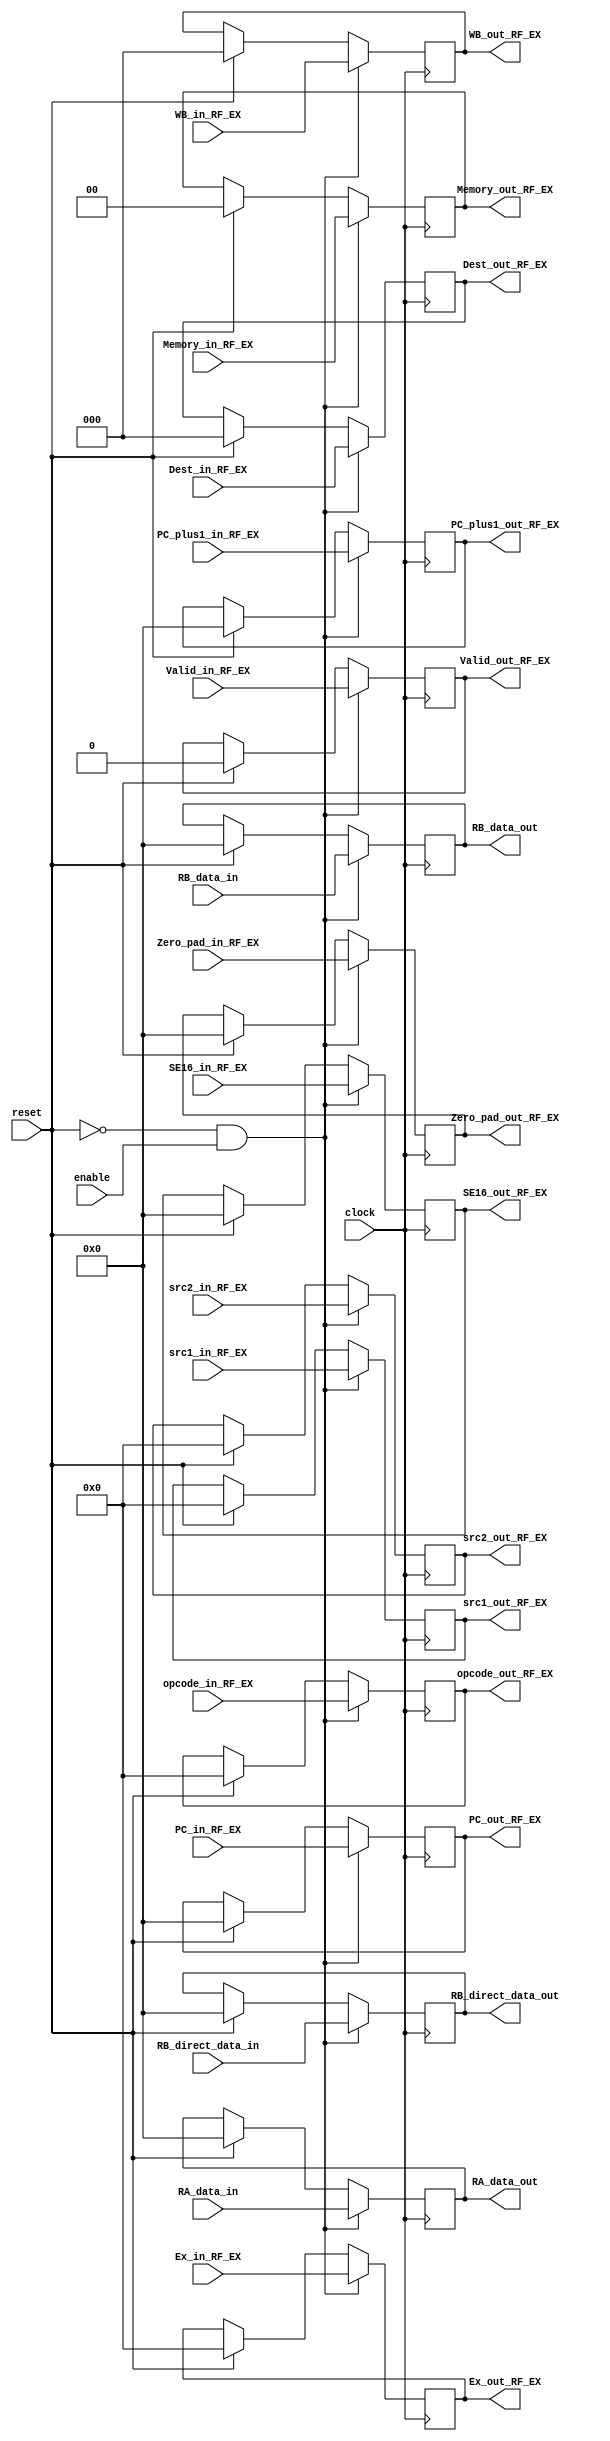
module RF_EX_reg
(
PC_out_RF_EX,
PC_plus1_out_RF_EX,
WB_out_RF_EX,
Memory_out_RF_EX,
Ex_out_RF_EX,
opcode_out_RF_EX,
src1_out_RF_EX,
src2_out_RF_EX,
RA_data_out,
RB_data_out,
RB_direct_data_out,
SE16_out_RF_EX,
Zero_pad_out_RF_EX,
Dest_out_RF_EX,
Valid_out_RF_EX,

PC_in_RF_EX,
PC_plus1_in_RF_EX,
WB_in_RF_EX,
Memory_in_RF_EX,
Ex_in_RF_EX,
opcode_in_RF_EX,
src1_in_RF_EX,
src2_in_RF_EX,
RA_data_in,
RB_data_in,
RB_direct_data_in,
SE16_in_RF_EX,
Zero_pad_in_RF_EX,
Dest_in_RF_EX,
Valid_in_RF_EX,
clock,
reset,
enable
);

output reg [15:0] PC_plus1_out_RF_EX, PC_out_RF_EX;
output reg [2:0] WB_out_RF_EX;
output reg [1:0] Memory_out_RF_EX;
output reg [3:0] Ex_out_RF_EX;
output reg [3:0] src1_out_RF_EX, src2_out_RF_EX, opcode_out_RF_EX;
output reg [15:0] RA_data_out, RB_data_out, RB_direct_data_out, SE16_out_RF_EX, Zero_pad_out_RF_EX;
output reg [2:0] Dest_out_RF_EX;
output reg Valid_out_RF_EX;



input [15:0] PC_plus1_in_RF_EX, PC_in_RF_EX;
input [2:0] WB_in_RF_EX;
input [1:0] Memory_in_RF_EX;
input [3:0] Ex_in_RF_EX;
input [3:0] src1_in_RF_EX, src2_in_RF_EX, opcode_in_RF_EX;
input [15:0] RA_data_in, RB_data_in, RB_direct_data_in, SE16_in_RF_EX, Zero_pad_in_RF_EX;
input [2:0] Dest_in_RF_EX;
input Valid_in_RF_EX;
input clock;
input reset, enable;

initial
begin
	PC_out_RF_EX = 16'b0;
	PC_plus1_out_RF_EX = 16'b0;
	WB_out_RF_EX = 3'b0;
	Memory_out_RF_EX = 2'b0;
	Ex_out_RF_EX = 4'b0;
	opcode_out_RF_EX = 4'b0;
	src1_out_RF_EX = 4'b0;
	src2_out_RF_EX = 4'b0;
	RA_data_out = 16'b0;
	RB_data_out = 16'b0;
	RB_direct_data_out = 16'b0;
	SE16_out_RF_EX = 16'b0;
	Zero_pad_out_RF_EX = 16'b0;
	Dest_out_RF_EX = 3'b0;
	Valid_out_RF_EX = 1'b0;
end

always @(posedge clock)
begin
	if(! reset && enable)
		begin
			PC_out_RF_EX <= PC_in_RF_EX;
			PC_plus1_out_RF_EX <= PC_plus1_in_RF_EX;
			WB_out_RF_EX <= WB_in_RF_EX;
			Memory_out_RF_EX <= Memory_in_RF_EX;
			Ex_out_RF_EX <= Ex_in_RF_EX;
			opcode_out_RF_EX <= opcode_in_RF_EX;
			src1_out_RF_EX <= src1_in_RF_EX;
			src2_out_RF_EX <= src2_in_RF_EX;
			RA_data_out <= RA_data_in;
			RB_data_out <= RB_data_in;
			RB_direct_data_out <= RB_direct_data_in;
			SE16_out_RF_EX <= SE16_in_RF_EX;
			Zero_pad_out_RF_EX <= Zero_pad_in_RF_EX;
			Dest_out_RF_EX <= Dest_in_RF_EX;
			Valid_out_RF_EX <= Valid_in_RF_EX;
		end
	else if(reset)
		begin
			PC_out_RF_EX <= 16'b0;
			PC_plus1_out_RF_EX <= 16'b0;
			WB_out_RF_EX <= 3'b0;
			Memory_out_RF_EX <= 2'b0;
			Ex_out_RF_EX <= 4'b0;
			opcode_out_RF_EX <= 4'b0;
			src1_out_RF_EX <= 4'b0;
			src2_out_RF_EX <= 4'b0;
			RA_data_out <= 16'b0;
			RB_data_out <= 16'b0;
			RB_direct_data_out = 16'b0;
			SE16_out_RF_EX <= 16'b0;
			Zero_pad_out_RF_EX <= 16'b0;
			Dest_out_RF_EX <= 3'b0;
			Valid_out_RF_EX <= 1'b0;
		end
end

endmodule